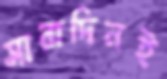
সারাদিনই